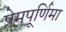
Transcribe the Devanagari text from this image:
प्रेमपूर्णिमा